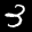
Digit: 3